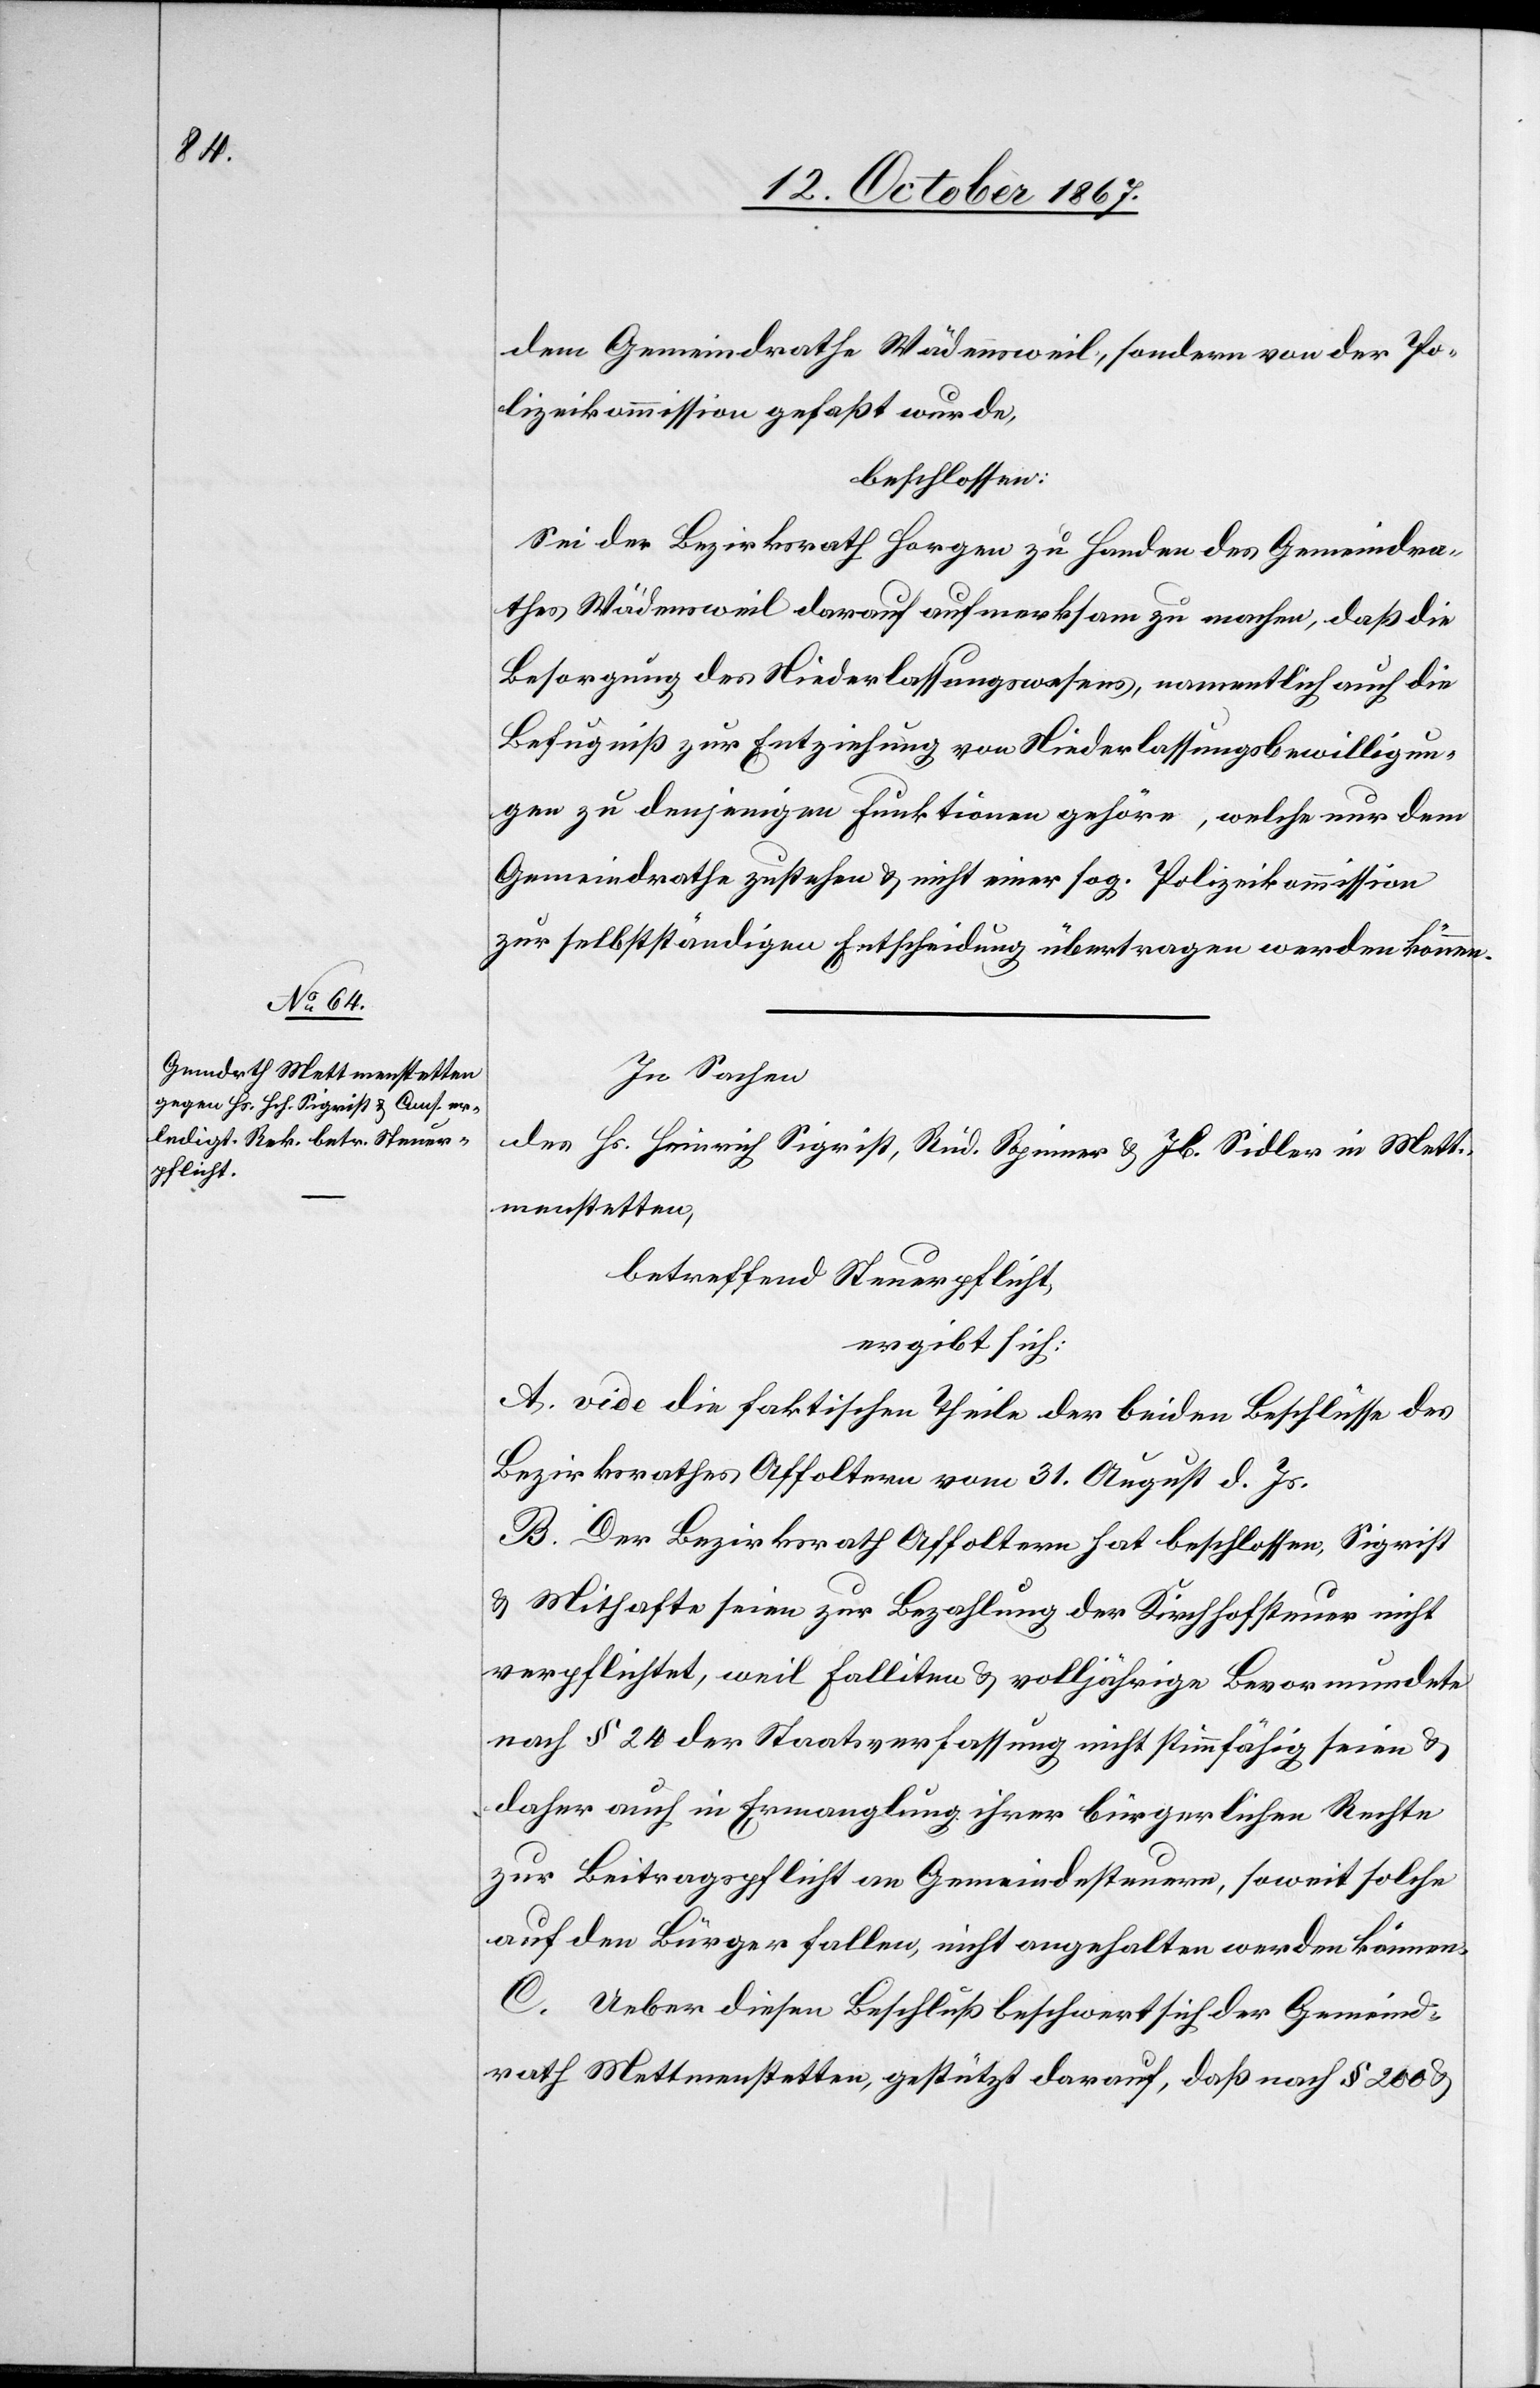
dem Gemeindrathe Wädensweil, sondern von der Po¬
lizeikommission gefaßt wurde,
beschlossen:
Sei der Bezirksrath Horgen zu Handen des Gemeindra¬
thes Wädensweil darauf aufmerksam zu machen, daß die
Besorgung des Niederlassungswesens, namentlich die
Befugniß zur Entziehung von Niederlassungsbewilligun¬
gen zu denjenigen Funktionen gehöre, welche nur dem
Gemeindrathe zustehen u. nicht einer sog. Polizeikommission
zur selbstständigen Entscheidung übertragen werden können.
In Sachen
des Hs. Heinrich Sigrist, Rud. Spinner u. Jb. Sidler in Mett¬
menstetten,
betreffend Steuerpflicht,
ergibt sich:
A. vide die faktischen Theile der beiden Beschlüsse des
Bezirksrathes Affoltern vom 31. August d. Js.
B. Der Bezirksrath Affoltern hat beschlossen, Sigrist
u. Mithafte seien zur Bezahlung der Kirchhofsteuer nicht
verpflichtet, weil Falliten u. volljährige Bevormundete
nach § 24 der Staatsverfassung nicht stimmfähig seien u.
daher auch in Ermanglung ihrer bürgerlichen Rechte
zur Beitragspflicht an Gemeindesteuern, soweit solche
auf den Bürger fallen, nicht angehalten werden können.
C. Ueber diesen Beschluß beschwert sich der Gemeind¬
rath Mettmenstetten, gestützt darauf, daß nach § 200 u.